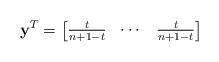
LaTeX: \begin{align*}\mathbf{y}^T = \begin{bmatrix}\frac{t}{n+1-t} & \cdots & \frac{t}{n+1-t}\end{bmatrix}\end{align*}